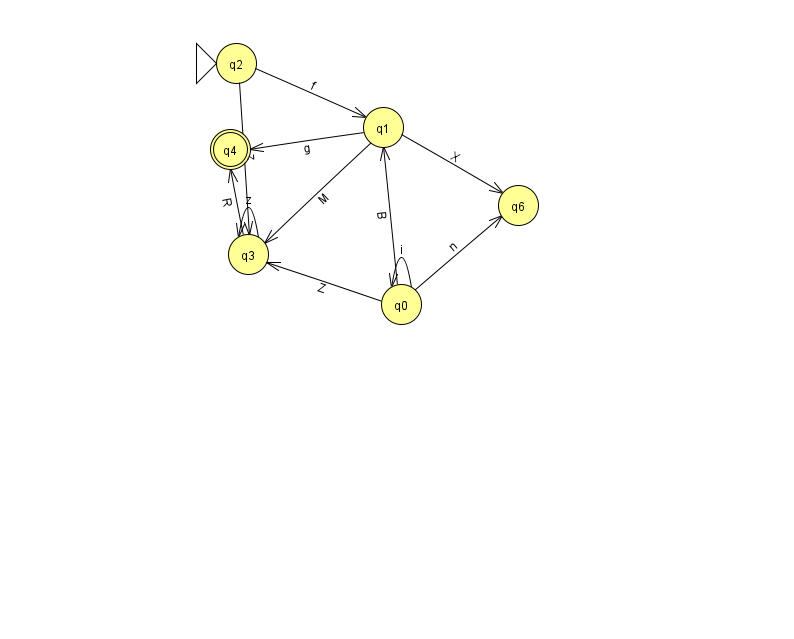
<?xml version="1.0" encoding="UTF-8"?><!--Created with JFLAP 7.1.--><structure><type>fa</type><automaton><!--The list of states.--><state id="0" name="q0"><x>401.0</x><y>291.0</y></state><state id="1" name="q1"><x>383.0</x><y>114.0</y></state><state id="2" name="q2"><x>236.0</x><y>50.0</y><initial/></state><state id="3" name="q3"><x>248.0</x><y>241.0</y></state><state id="4" name="q4"><x>230.0</x><y>136.0</y><final/></state><state id="6" name="q6"><x>518.0</x><y>192.0</y></state><!--The list of transitions.--><transition><from>0</from><to>6</to><read>n</read></transition><transition><from>1</from><to>3</to><read>M</read></transition><transition><from>1</from><to>4</to><read>g</read></transition><transition><from>0</from><to>0</to><read>i</read></transition><transition><from>2</from><to>1</to><read>f</read></transition><transition><from>3</from><to>3</to><read>z</read></transition><transition><from>3</from><to>4</to><read>R</read></transition><transition><from>1</from><to>6</to><read>X</read></transition><transition><from>2</from><to>3</to><read>z</read></transition><transition><from>0</from><to>1</to><read>B</read></transition><transition><from>0</from><to>3</to><read>Z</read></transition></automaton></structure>